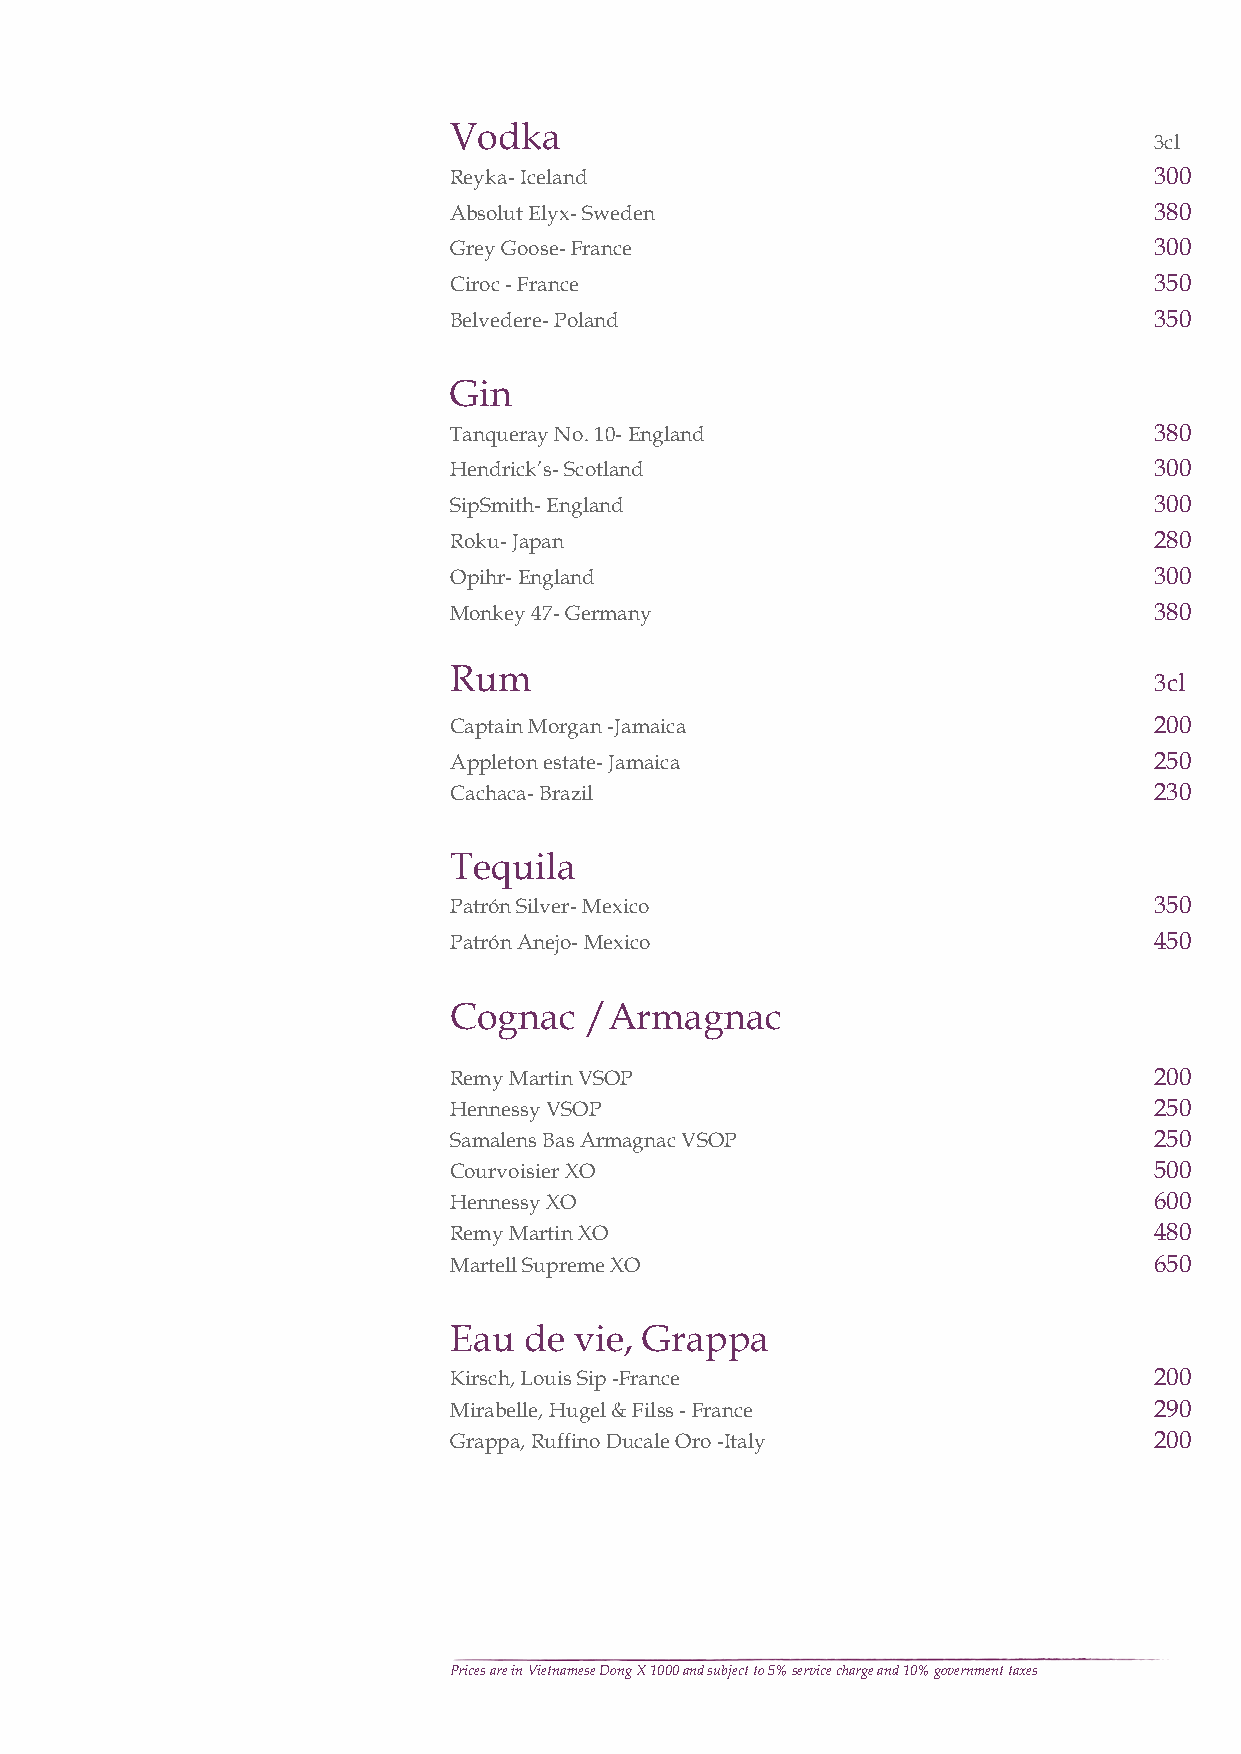
Vodka
 3cl
 Reyka- Iceland                                300
 Absolut Elyx- Sweden                          380
 Grey Goose- France                            300
 Ciroc - France                                350
 Belvedere- Poland                             350
 Gin
 Tanqueray No. 10- England                     380
 Hendrick’s- Scotland                          300
 SipSmith- England                             300
 Roku- Japan                                   280
 Opihr- England                                300
 Monkey 47- Germany                            380
 Rum
 3cl
 Captain Morgan -Jamaica                       200
 Appleton estate- Jamaica                      250
 Cachaca- Brazil                               230
 Tequila
 Patrón Silver- Mexico                         350
 Patrón Anejo- Mexico                          450
 Cognac   /Armagnac
 Remy Martin VSOP                              200
 Hennessy VSOP                                 250
 Samalens Bas Armagnac VSOP                    250
 Courvoisier XO                                500
 Hennessy XO                                   600
 Remy Martin XO                                480
 Martell Supreme XO                            650
 Eau  de vie, Grappa
 Kirsch, Louis Sip -France                     200
 Mirabelle, Hugel & Filss - France             290
 Grappa, Ruffino Ducale Oro -Italy             200
 Prices are in Vietnamese Dong X 1000 and subject to 5% service charge and 10% government taxes